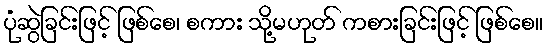
ပုံဆွဲခြင်းဖြင့် ဖြစ်စေ၊ စကား သို့မဟုတ် ကစားခြင်းဖြင့် ဖြစ်စေ။